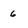
Character: 6